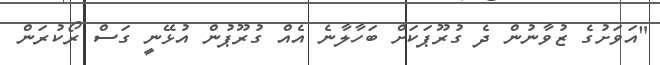
"އަވަށުގެ ޒުވާނުން ދެ ގުރޫޕަކަށް ބަހާލާނެ އެއް ގުރޫޕުން އުޅޭނީ ގަސް ރޯކުރަން